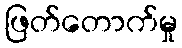
ဖြတ်တောက်မှု